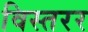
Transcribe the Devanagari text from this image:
विस्तरर